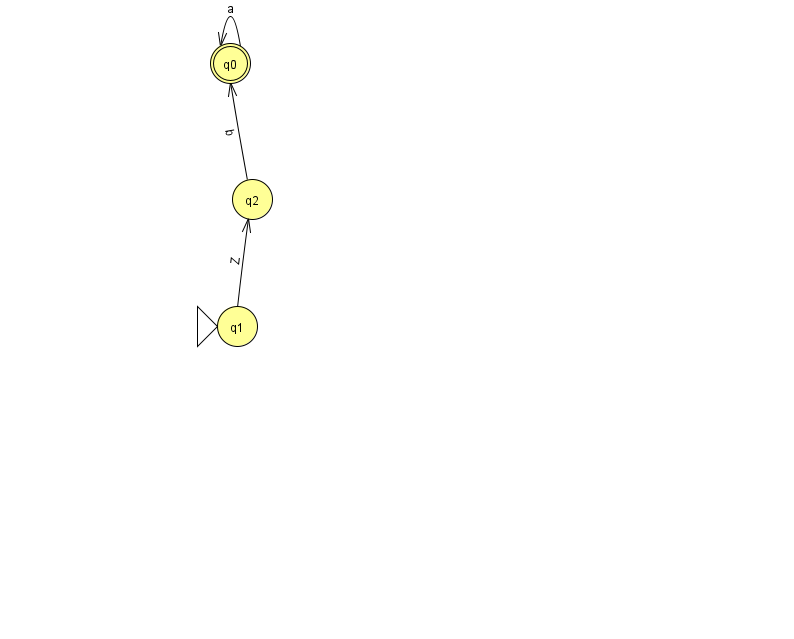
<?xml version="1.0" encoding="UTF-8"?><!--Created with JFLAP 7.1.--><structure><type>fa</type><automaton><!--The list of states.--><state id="0" name="q0"><x>230.0</x><y>50.0</y><final/></state><state id="1" name="q1"><x>237.0</x><y>313.0</y><initial/></state><state id="2" name="q2"><x>252.0</x><y>186.0</y></state><!--The list of transitions.--><transition><from>0</from><to>0</to><read>a</read></transition><transition><from>1</from><to>2</to><read>Z</read></transition><transition><from>2</from><to>0</to><read>b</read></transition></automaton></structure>